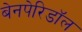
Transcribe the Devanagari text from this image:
बेनपेरिडॉल